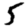
Digit: 5